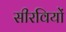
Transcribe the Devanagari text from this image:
सीरवियों